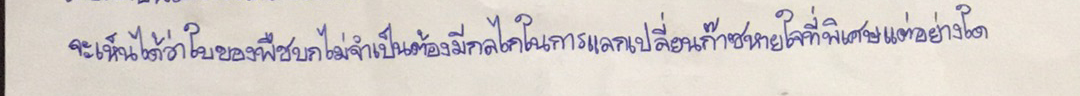
จะเห็นได้ว่าใบของพืชบกไม่จำเป็นต้องมีกลไกในการแลกเปลี่ยนก๊าซหายใจที่พิเศษแต่อย่างใด